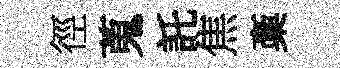
徑蒐託焦稾